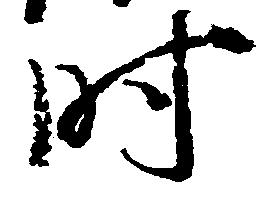
時